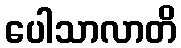
ပေါသာလာတိ